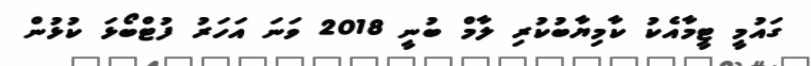
ގައުމީ ޓީމާއެކު ކާމިޔާބުކުރި ލާމް ބުނީ 2018 ވަނަ އަހަރު ފުޓްބޯޅަ ކުޅުން